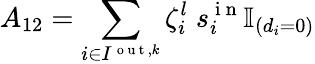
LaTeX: A_{12}=\sum_{i\in I^{\mathrm{~o~u~t~},k}}\zeta_{i}^{l}\; s_{i}^{\mathrm{~i~n~}}\mathbb{I}_{(d_{i}=0)}